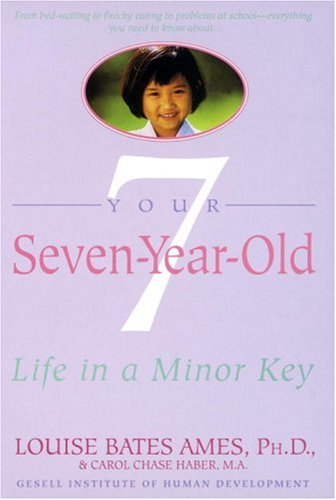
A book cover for Your Seven-Year-Old: Life in a Minor Key; Louise Bates Ames; Parenting & Relationships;